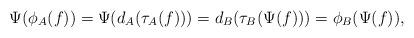
LaTeX: \begin{align*} \Psi(\phi_A(f)) = \Psi(d_A(\tau_A(f))) = d_B(\tau_B(\Psi(f))) = \phi_B(\Psi(f)), \end{align*}